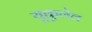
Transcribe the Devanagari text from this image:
यूकुलेल